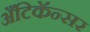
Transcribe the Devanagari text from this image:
अँटिकॅन्सर